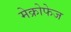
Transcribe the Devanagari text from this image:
मेक्रोफेज